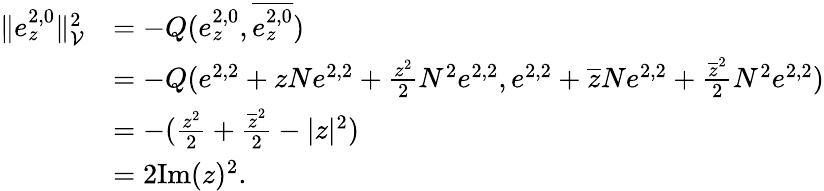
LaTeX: \begin{array}{rl}{\| e_{z}^{2,0}\| _{\mathcal{V}}^{2}}&{=-Q(e_{z}^{2,0},\overline{{e_{z}^{2,0}}})}\\ &{=-Q(e^{2,2}+zNe^{2,2}+\frac{z^{2}}{2}N^{2}e^{2,2},e^{2,2}+\overline{{z}}Ne^{2,2}+\frac{\overline{{z}}^{2}}{2}N^{2}e^{2,2})}\\ &{=-(\frac{z^{2}}{2}+\frac{\overline{{z}}^{2}}{2}-|z|^{2})}\\ &{=2\mathrm{Im}(z)^{2}.}\end{array}